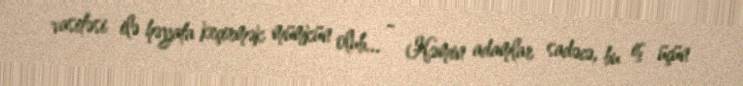
vasitəsi ilə həyata keçirmək mümkün olub... - Həmin adamlar sadəcə, bu iş üçün